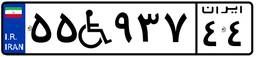
۵۵W۹۳۷۴۴